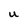
Character: U